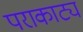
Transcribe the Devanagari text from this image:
पराकाट्य